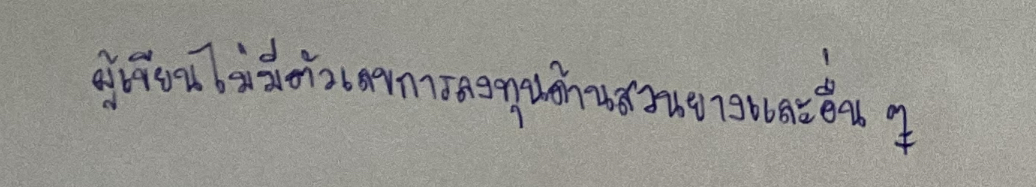
ผู้เขียนไม่มีตัวเลขการลงทุนด้านสวนยางและอื่นๆ